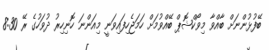
ބޭފުޅުންނަށް ބާއްވާ މިވޯކްޝޮޕް ބޭއްވުމަށް ހަމަޖެހިފައިވަނީ މިއަންނަ ހޮނިހިރު ދުވަހުގެ ރޭ 8:30